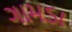
ગામડા